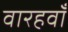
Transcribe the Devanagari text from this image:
वारहवाँ